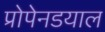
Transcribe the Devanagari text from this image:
प्रोपेनडयाल